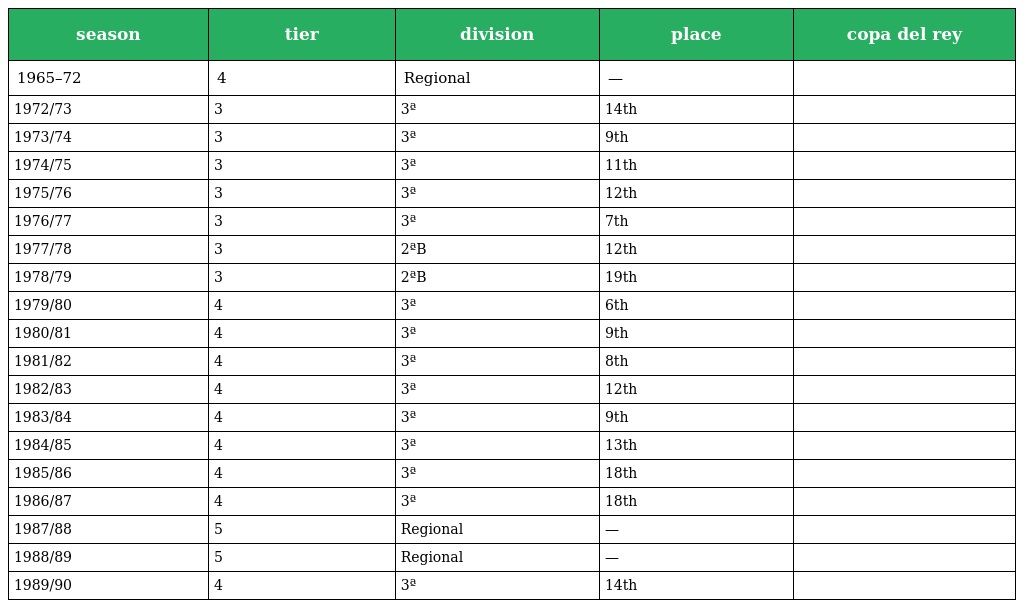
| season | tier | division | place | copa del rey |
 | --- | --- | --- | --- | --- |
 | 1965–72 | 4 | Regional | — |  |
 | 1972/73 | 3 | 3ª | 14th |  |
 | 1973/74 | 3 | 3ª | 9th |  |
 | 1974/75 | 3 | 3ª | 11th |  |
 | 1975/76 | 3 | 3ª | 12th |  |
 | 1976/77 | 3 | 3ª | 7th |  |
 | 1977/78 | 3 | 2ªB | 12th |  |
 | 1978/79 | 3 | 2ªB | 19th |  |
 | 1979/80 | 4 | 3ª | 6th |  |
 | 1980/81 | 4 | 3ª | 9th |  |
 | 1981/82 | 4 | 3ª | 8th |  |
 | 1982/83 | 4 | 3ª | 12th |  |
 | 1983/84 | 4 | 3ª | 9th |  |
 | 1984/85 | 4 | 3ª | 13th |  |
 | 1985/86 | 4 | 3ª | 18th |  |
 | 1986/87 | 4 | 3ª | 18th |  |
 | 1987/88 | 5 | Regional | — |  |
 | 1988/89 | 5 | Regional | — |  |
 | 1989/90 | 4 | 3ª | 14th |  |